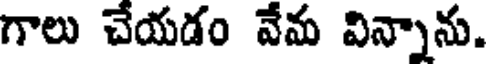
గాలు చేయడం వేమ విన్నాను.